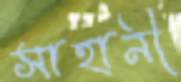
সাহানী